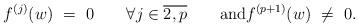
LaTeX: \begin{align*}f^{(j)}(w)~=~0\qquad\forall j\in \overline{2, p}\qquad\mathrm{and}f^{(p+1)}(w)~\neq~0.\end{align*}